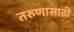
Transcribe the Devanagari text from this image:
तरुणासाठी